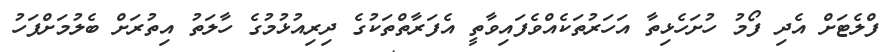
ފްލެޓަށް އެދި ފޯމު ހުށަހެޅިތާ އަހަރުތަކެއްވެފައިވާތީ އެފަރާތްތަކުގެ ދިރިއުޅުމުގެ ހާލަތު އިތުރަށް ބެލުމަށްފަހު